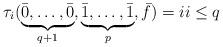
LaTeX: \begin{align*} \tau_i(\underbrace{\bar 0,\ldots,\bar 0}_{q+1},\underbrace{\bar 1,\ldots,\bar 1}_p,\bar f) = i i \leq q\end{align*}